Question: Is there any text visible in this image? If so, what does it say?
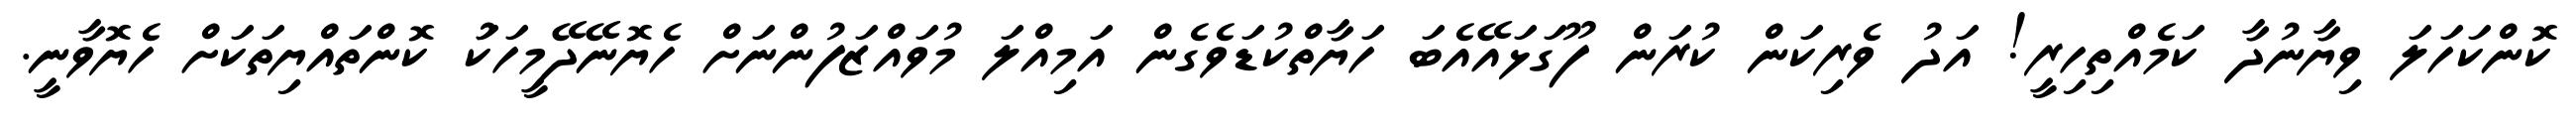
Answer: ކޮންކަހަލަ ވިޔާނުދާ ކަމެއްތިހިރީ! އަދު ވެރިކަން ކުރަން ފޫގަޅައޭއެބަ ހަޔާތްކުޑަވެގެން އަމިއްލަ މުވައްޒަފުންނަށް ހެޔޮނޭދޭމީހަކަު ކޮންތައްޔިތަކަށް ހެޔޮވާނީ.